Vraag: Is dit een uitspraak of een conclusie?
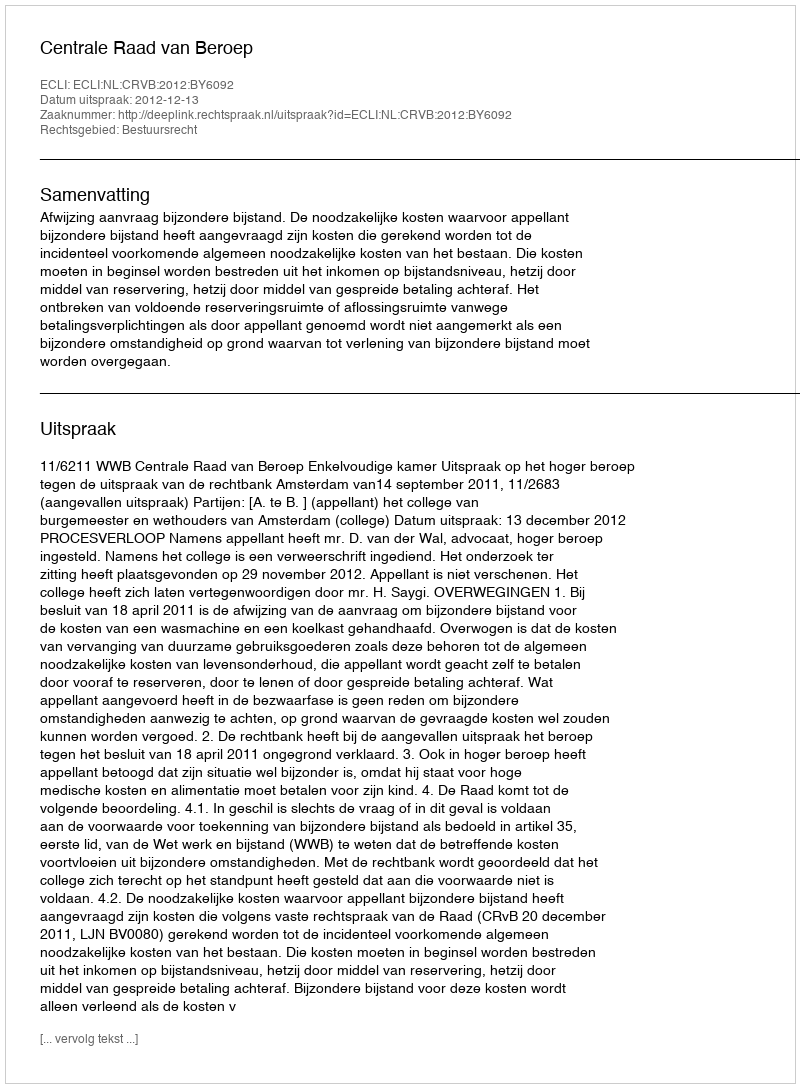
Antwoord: Uitspraak